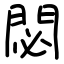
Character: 閟